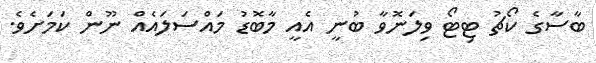
ބާސާގެ ކޯޗު ޓިޓޯ ވިލަނޮވާ ބުނީ އެއީ މާބޮޑު މައްސަލައެއް ނޫން ކަމަށެވެ.